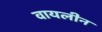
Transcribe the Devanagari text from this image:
वायलीन